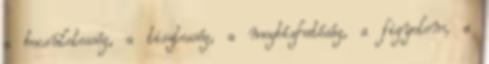
a becsületesség, a tisztesség, a megbízhatóság, a figyelem, a